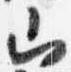
山